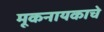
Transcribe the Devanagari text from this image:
मूकनायकाचे